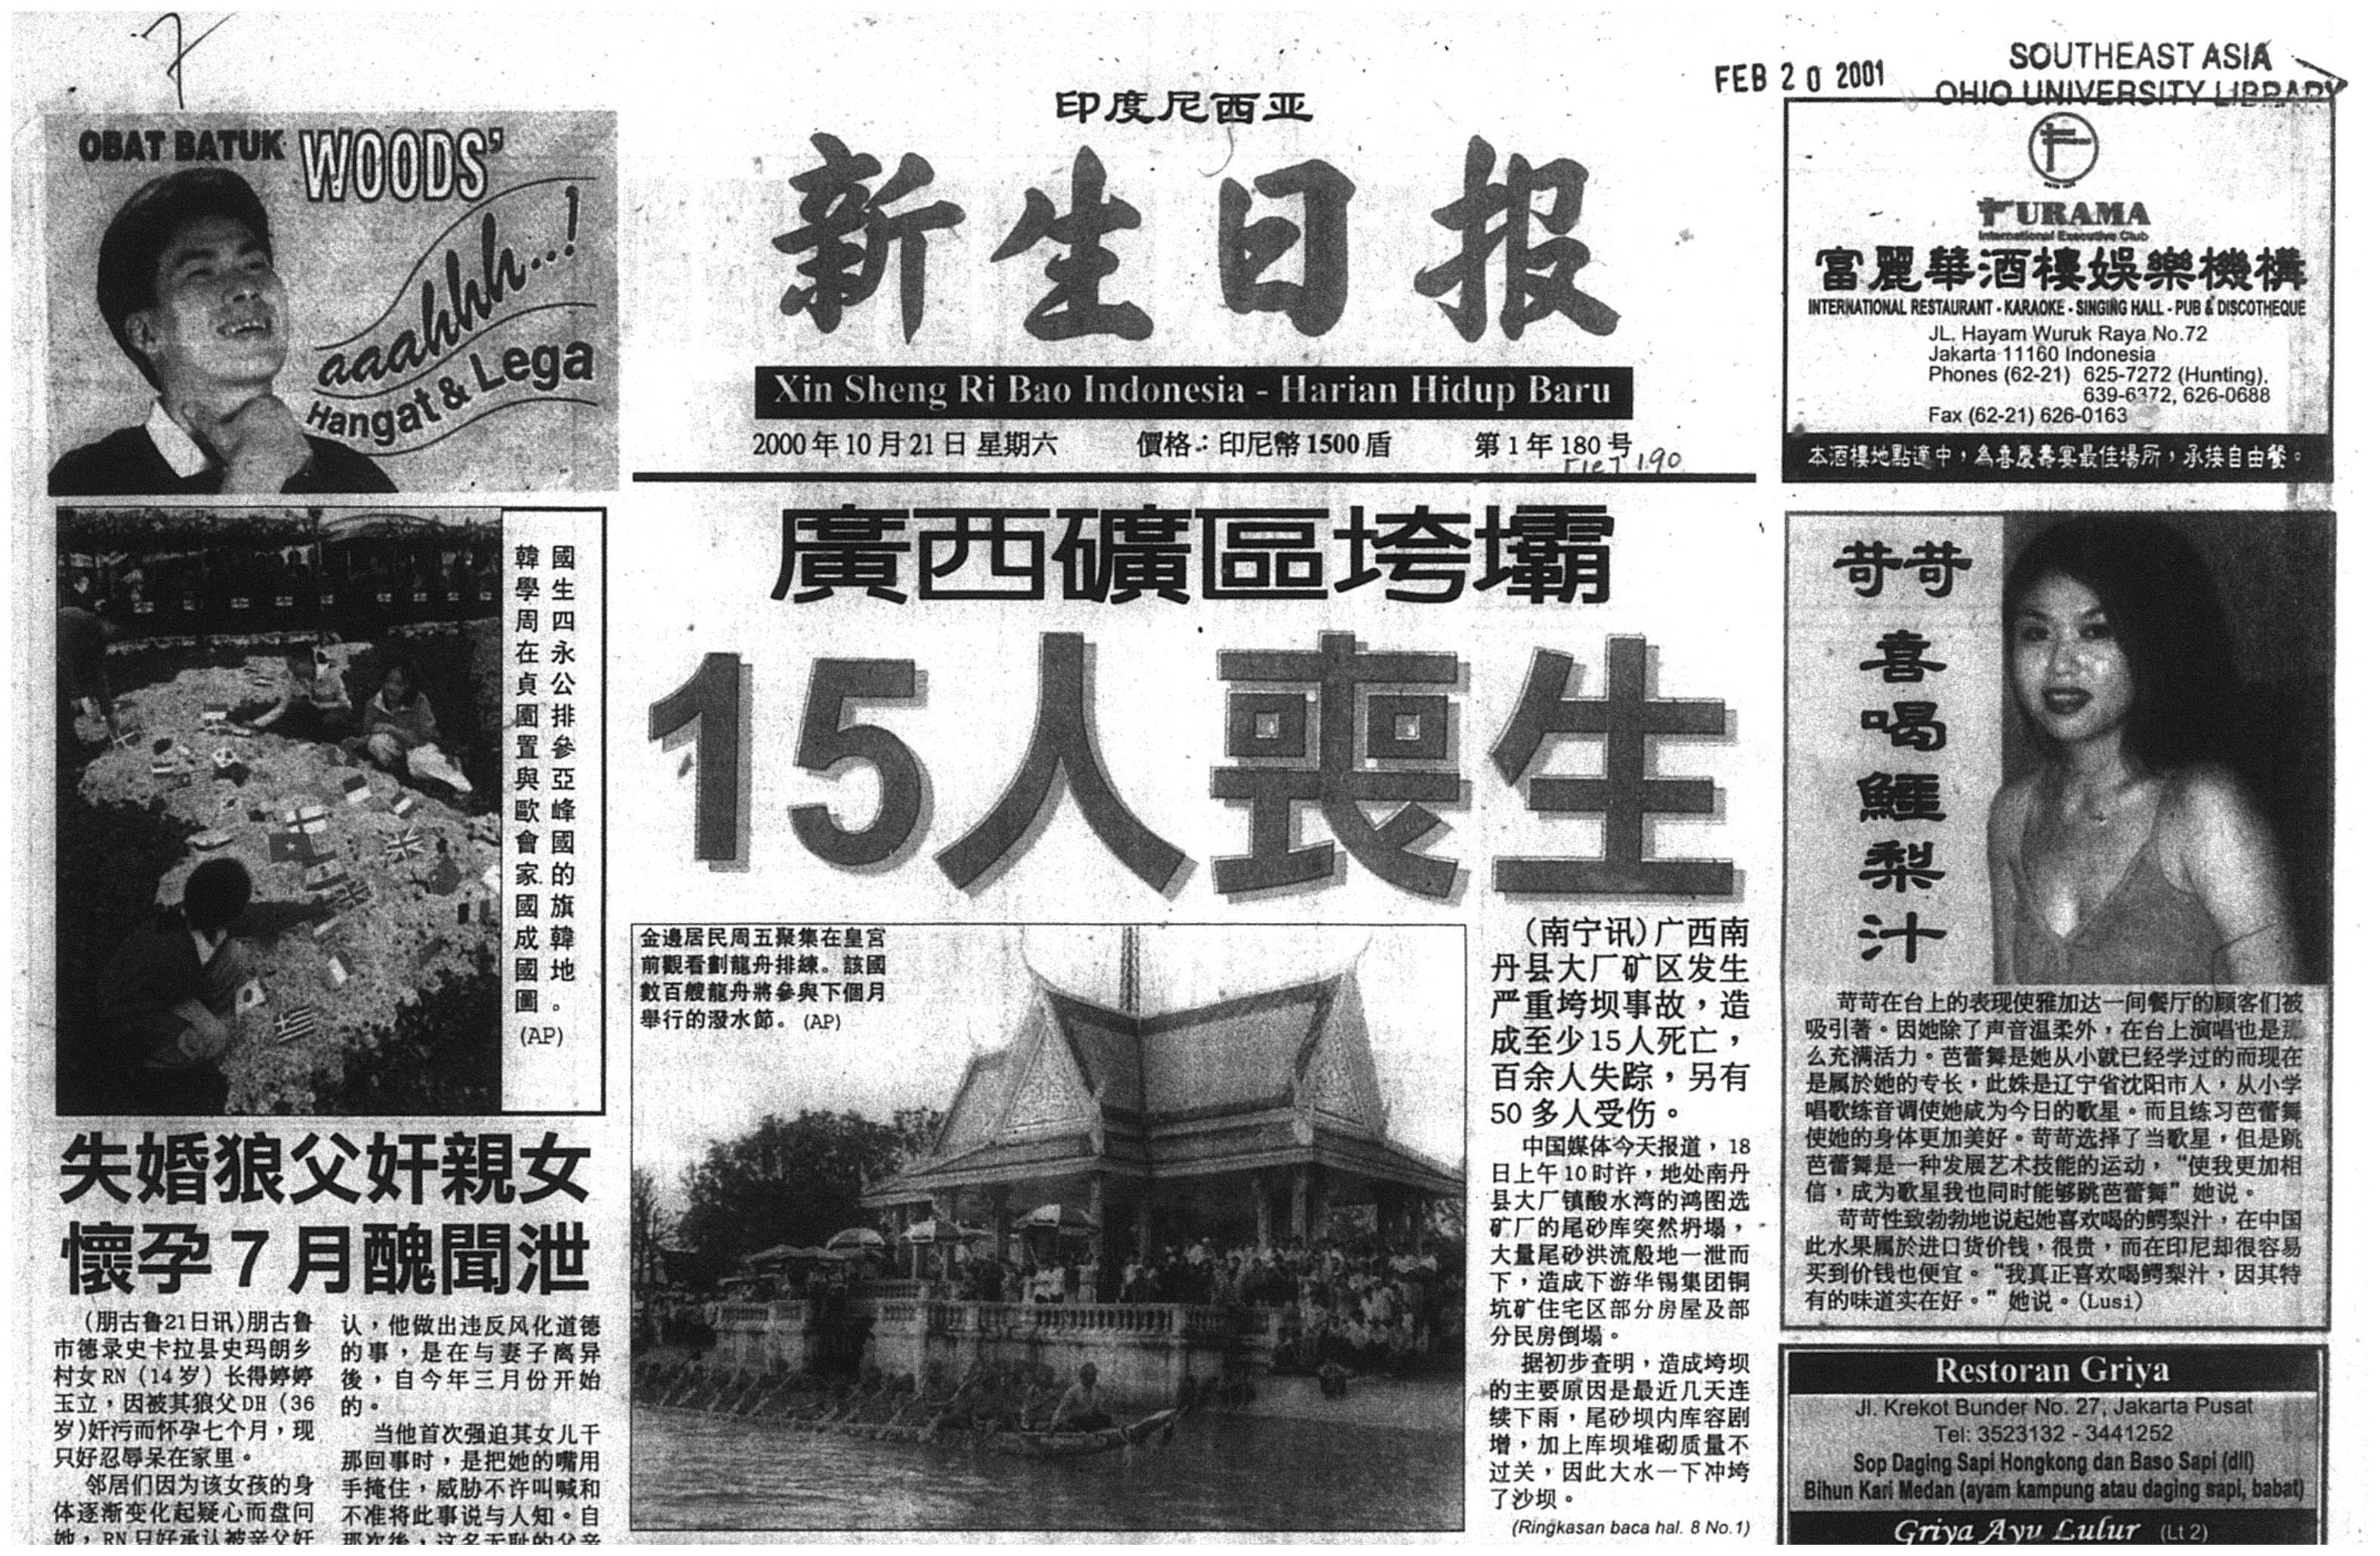
Language: zh